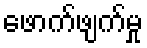
ဖောက်ဖျက်မှု